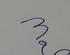
Signature authenticity: forged